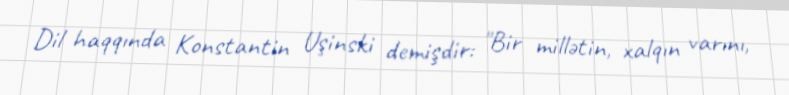
Dil haqqında Konstantin Uşinski demişdir: "Bir millətin, xalqın varını,